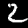
Digit: 2